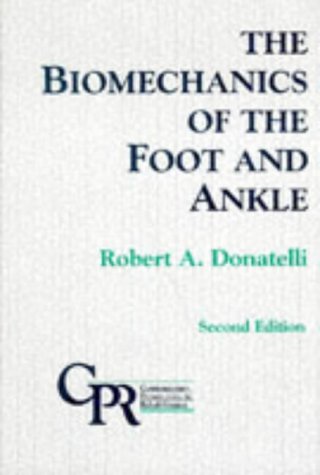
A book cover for Biomechanics of the Foot and Ankle; Robert, Ph.D. Donatelli; Medical Books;